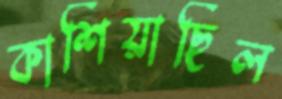
কাশিয়াছিল